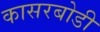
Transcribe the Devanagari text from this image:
कासरबोडी